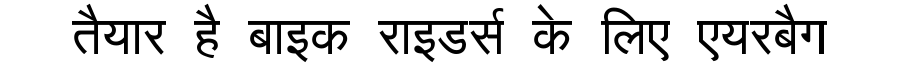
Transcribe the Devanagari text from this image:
तैयार है बाइक राइडर्स के लिए एयरबैग